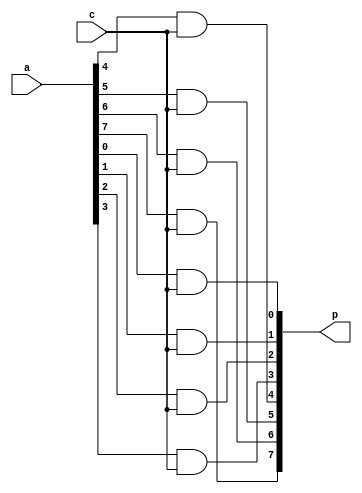
module pp8(a,c,p);
input[7:0] a;
input c;
output[7:0] p;

assign p[0]=a[0]&c;
assign p[1]=a[1]&c;
assign p[2]=a[2]&c;
assign p[3]=a[3]&c;
assign p[4]=a[4]&c;
assign p[5]=a[5]&c;
assign p[6]=a[6]&c;
assign p[7]=a[7]&c;

endmodule